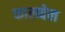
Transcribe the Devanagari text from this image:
फालवेल